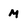
Character: M